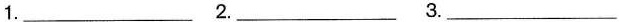
1.___ 2.___ 3.___